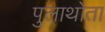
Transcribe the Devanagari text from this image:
पुलाथोता